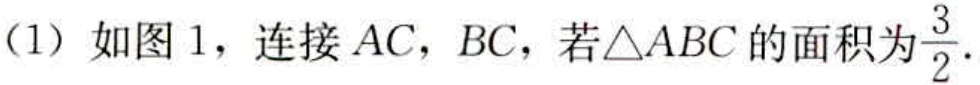
（1）如图1，连接 \(AC\)，\(BC\)，若\(\triangle ABC\)的面积为\(\frac{3}{2}\).